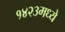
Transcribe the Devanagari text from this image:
१४२३मध्ये